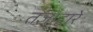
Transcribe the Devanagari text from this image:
तज्ञाद्वारे